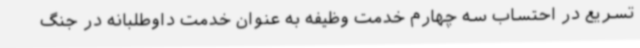
تسریع در احتساب سه چهارم خدمت وظیفه به عنوان خدمت داوطلبانه در جنگ